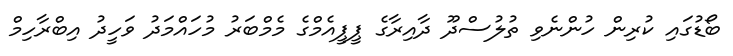
ބޯޑުގައި ކުރިން ހުންނެވި ތުލުސްދޫ ދާއިރާގެ ޕީޕީއެމްގެ މެމްބަރު މުހައްމަދު ވަހީދު އިބްރާހިމް